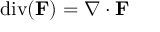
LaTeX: \operatorname { d i v } ( \mathbf { F } ) = \nabla \cdot \mathbf { F }